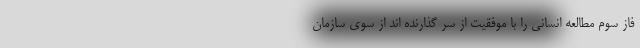
فاز سوم مطالعه انسانی را با موفقیت از سر گذارنده اند از سوی سازمان